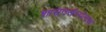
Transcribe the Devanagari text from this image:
शासनसंस्थेलाच